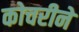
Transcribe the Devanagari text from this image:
कोचरीने